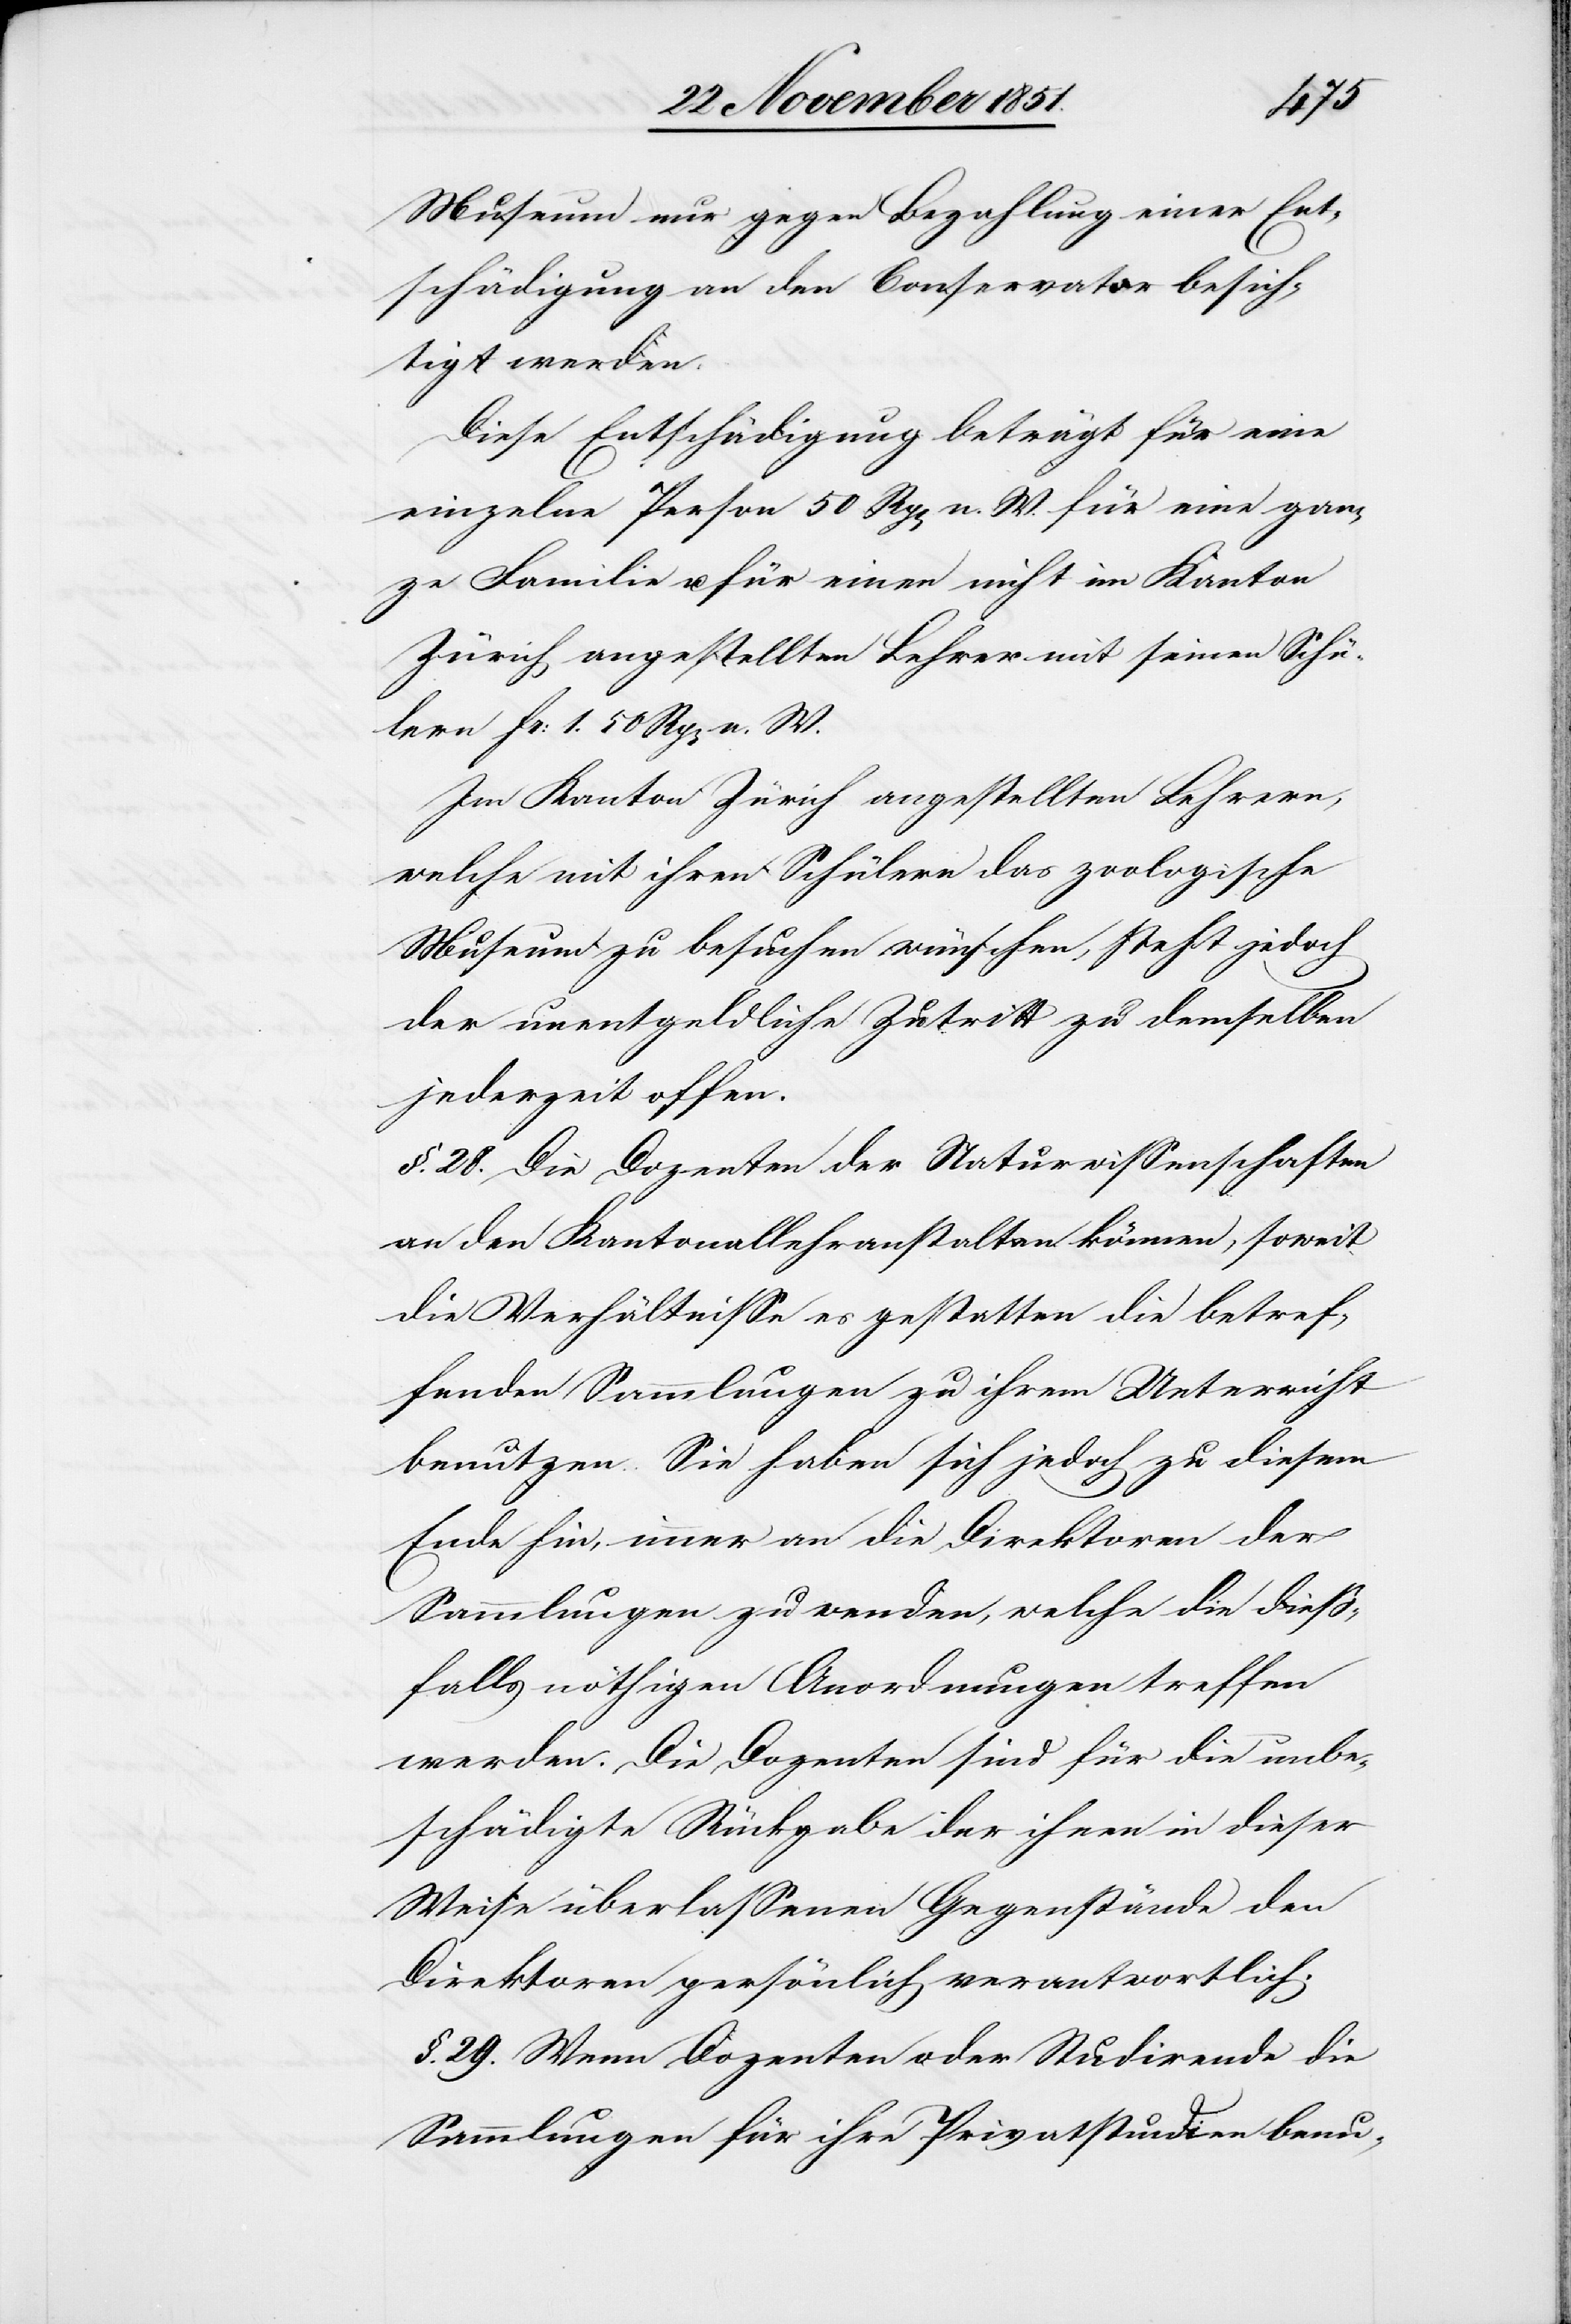
Museum nur gegen Bezahlung einer Ent¬
schädigung an den Conservator besich¬
tigt werden.
Diese Entschädigung beträgt für eine
einzelne Person 50 Rp[en] n. W. für eine gan¬
ze Familie u. für einen nicht im Kanton
Zürich angestellten Lehrer mit seinen Schü¬
lern Fr: 1. 50 Rp[en] n. W.
Im Kanton Zürich angestellten Lehrern,
welche mit ihren Schülern das zoologische
Museum zu besuchen wünschen, steht jedoch
der unentgeldliche Zutritt zu demselben
jederzeit offen.
§. 28. Die Dozenten der Naturwissenschaften
an den Kantonallehranstalten können, soweit
die Verhältnisse es gestatten die betref¬
fenden Sammlungen zu ihrem Unterricht
benutzen. Sie haben sich jedoch zu diesem
Ende hin, immer an die Direktoren der
Sammlungen zu wenden, welche die dieß¬
falls nöthigen Anordnungen treffen
werden. Die Dozenten sind für die unbe¬
schädigte Rückgabe der ihnen in dieser
Weise überlassenen Gegenstände den
Direktoren persönlich verantwortlich.
§. 29. Wenn Dozenten oder Studirende die
Sammlungen für ihre Privatstudien benu-